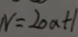
N = 2 0 a + 1